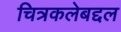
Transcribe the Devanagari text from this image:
चित्रकलेबद्दल